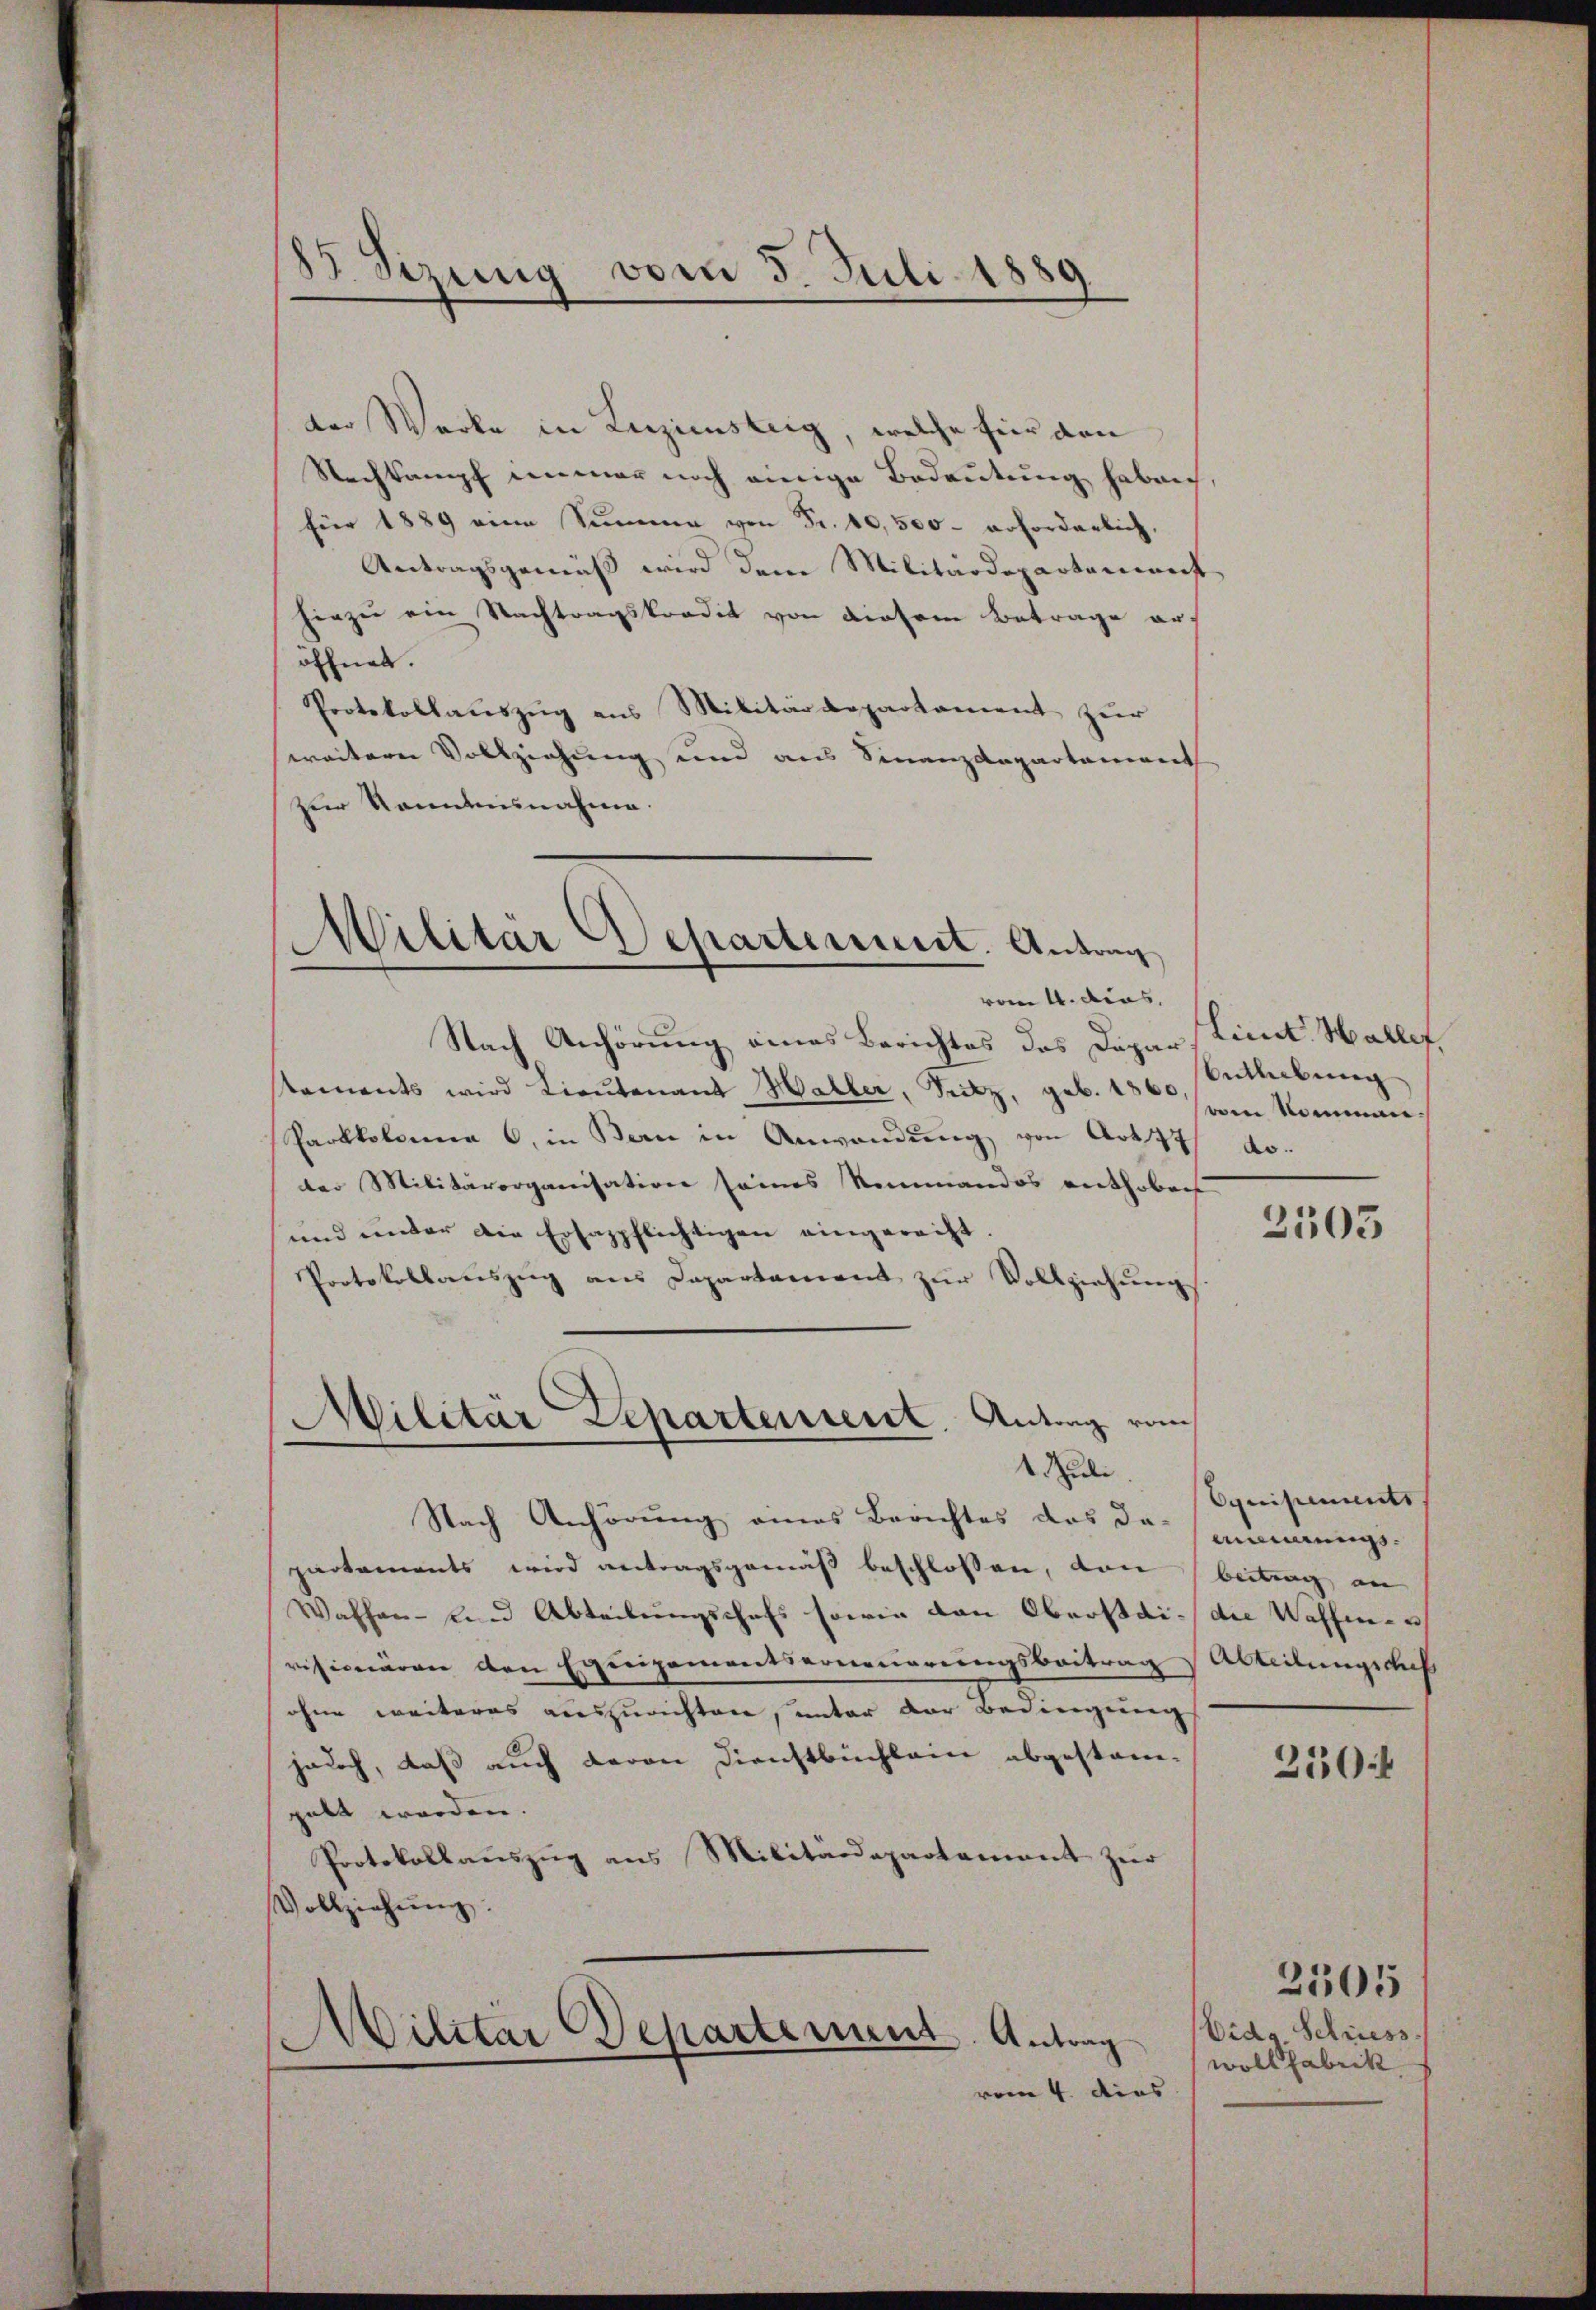
8. Sizung vom 5. Juli 1889

ter Werke in Luziensteig, welche für den
Nachkampf immer noch einige Bedeutung haben,
für 1889 eine Summe von Fr. 10,500 erforderlich,
Antragsgemäß wird dem Militärdepartenmeist
hizei ein Nachtragskredit von diesem Betrage aröffnet.
Protokollauszug aus Militärdepartament zur
weitere Vollziehung und aus Finanzdepartament
zur Romanisnahme.

Militär Departement. Antrag

vom 4. dies
Nach Anhörung eines Berichtes des Dapar Linat Wallis,
Naments wird Lieutenant Haller, Seitz, geb. 1800. Komman¬
Parkkolonne , in Bern in Anwendung von Art. 77 do.
der Militärorganisation seines Kommandos enthoben
und unter die Ersappflichtigen eingerecht
Protokollauszug aus Departement zur Vollziehung
Militär Departensent. Antrag vom

Entleibung

2503

1. Juli

Nach Anhörung eines Berichtes das damannungs-
partements wird antragsgemäß beschlossen, von beitung an
Waffen- und Abteilungschaft sowie den Oberstai- die Waffenen
visionären den Equipementserneuerungsbeitrag Abteilungscaß
ohne weiteres auszurichten, unter der Bedingung
jedoch, daß auch davon Dienstbuchlein abgestam-
gabt worden.
Protokollauszug aus Militärdepartement zur
Vollziehŭng.
Militar Departement
Antrag
vom 4. dies

quisimments

250:

Eidg. Schriess.
woll Fabrik

2305